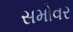
સમોવર